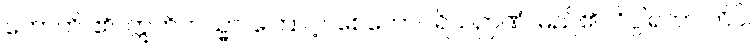
ဟောတိ၊ ၏။ ဣတိတသ္မာ၊ ကြောင့်။ စေတောပရိယဉာဏံ၊ မည်၏။ ဝိပ္ပါရတာ တိပိ၊